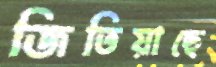
জিতিয়াছে